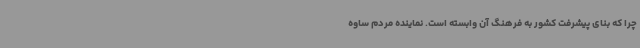
چرا که بنای پیشرفت کشور به فرهنگ آن وابسته است. نماینده مردم ساوه